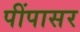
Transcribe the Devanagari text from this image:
पींपासर